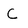
Character: C